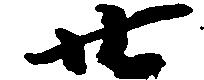
廿